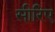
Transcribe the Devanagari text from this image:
सीरिए